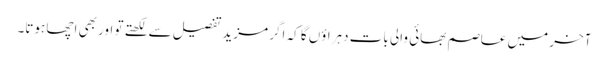
آخر میں عاصم بھائی والی بات دہراؤں گا کہ اگر مزید تفصیل سے لکھتے تو اور بھی اچھا ہوتا۔